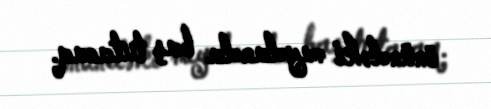
önündəki meydanda baş tutacaq.